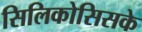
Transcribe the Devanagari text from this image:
सिलिकोसिसके